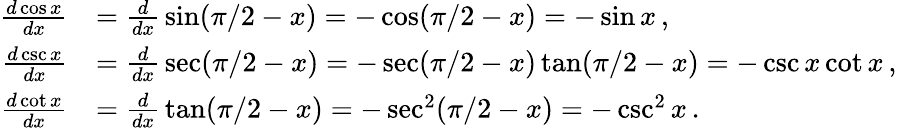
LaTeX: {\begin{array}{rl}{{\frac{d\cos x}{dx}}}&{={\frac{d}{dx}}\sin(\pi/2-x)=-\cos(\pi/2-x)=-\sin x\, ,}\\ {{\frac{d\csc x}{dx}}}&{={\frac{d}{dx}}\sec(\pi/2-x)=-\sec(\pi/2-x)\tan(\pi/2-x)=-\csc x\cot x\, ,}\\ {{\frac{d\cot x}{dx}}}&{={\frac{d}{dx}}\tan(\pi/2-x)=-\sec^{2}(\pi/2-x)=-\csc^{2}x\, .}\end{array}}